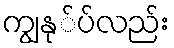
ကျွနု်ပ်လည်း